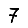
Digit: 7